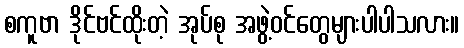
စကူဗာ ဒိုင်ဗင်ထိုးတဲ့ အုပ်စု အဖွဲ့ဝင်တွေများပါပါသလား။